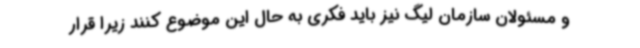
و مسئولان سازمان لیگ نیز باید فکری به حال این موضوع کنند زیرا قرار